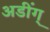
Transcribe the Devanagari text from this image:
अडींग्